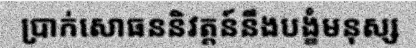
ប្រាក់សោធននិវត្តន៍នឹងបង្ខំមនុស្ស